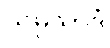
သမ္ပသာဒံ